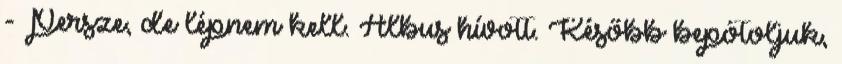
- Persze, de lépnem kell. Albus hívott. Később bepótoljuk,